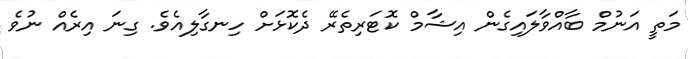
މަތީ އަނުމް ބާއްވާލައިގެން އިޝާމް ކޮޓަރިތެރޭ ދެކޮޅަށް ހިނގާލިއެވެ. ގިނަ އިރެއް ނުވެ